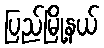
ပြည်မြို့နယ်